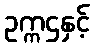
ဥက္ကဌနှင့်